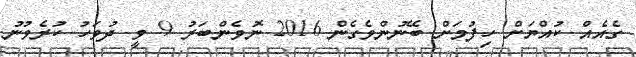
ގެއެއް ކުއްޔަށް ހިފުމަށް ބޭނުންވެގެން 2016 ނޮވެންބަރު 9 ވީ ދުވަހު ކުރެވުނު